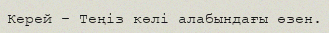
Керей – Теңіз көлі алабындағы өзен.